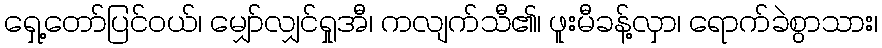
ရှေ့တော်ပြင်ဝယ်၊ မျှော်လျှင်ရှုအီ၊ ကလျက်သီ၏၊ ဖူးမီခန့်လှာ၊ ရောက်ခဲစွာသား၊